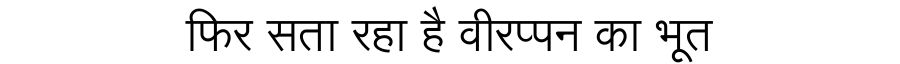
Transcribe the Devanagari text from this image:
फिर सता रहा है वीरप्पन का भूत